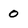
Character: 0